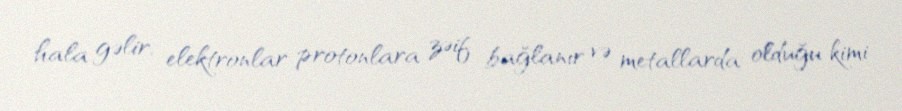
hala gəlir, elektronlar protonlara zəif bağlanır və metallarda olduğu kimi